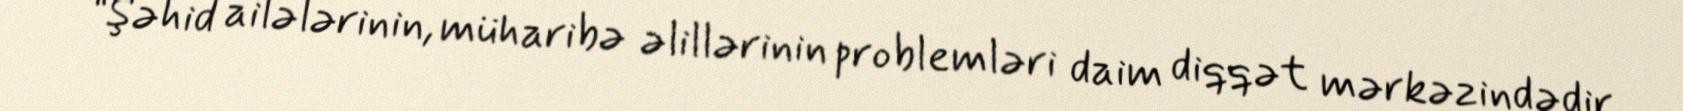
“Şəhid ailələrinin, müharibə əlillərinin problemləri daim diqqət mərkəzindədir